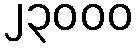
၂၃၀၀၀